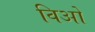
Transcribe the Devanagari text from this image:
विओ